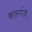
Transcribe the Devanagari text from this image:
कास्गंज